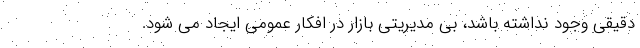
دقیقی وجود نداشته باشد، بی مدیریتی بازار در افکار عمومی ایجاد می شود.